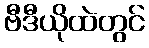
ဗီဒီယိုထဲတွင်